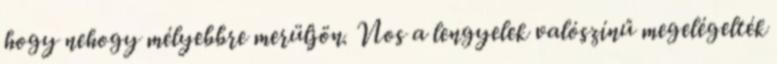
hogy nehogy mélyebbre merüljön. Nos a lengyelek valószínű megelégelték